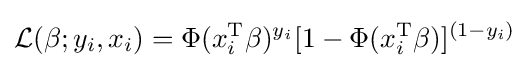
{\mathcal {L}}(\beta ;y_{i},x_{i})=\Phi (x_{i}^{\operatorname {T} }\beta )^{y_{i}}[1-\Phi (x_{i}^{\operatorname {T} }\beta )]^{(1-y_{i})}